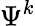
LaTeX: \Psi^{k}